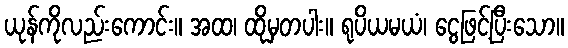
ယုန်ကိုလည်းကောင်း။ အထ၊ ထိုမှတပါး။ ရုပိယမယံ၊ ငွေဖြင့်ပြီးသော။